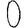
Digit: 0